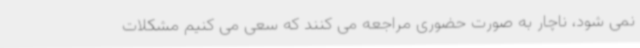
نمی شود، ناچار به صورت حضوری مراجعه می کنند که سعی می کنیم مشکلات